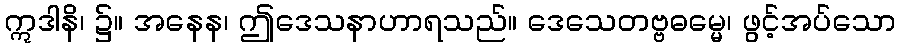
ဣဒါနိ၊ ၌။ အနေန၊ ဤဒေသနာဟာရသည်။ ဒေသေတဗ္ဗဓမ္မေ၊ ဖွင့်အပ်သော